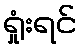
ရှုံးရင်